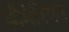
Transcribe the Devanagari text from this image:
ग्रीगेरियन